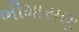
ભીમાસણ